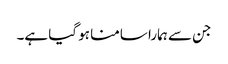
جن سے ہمارا سامنا ہو گیا ہے۔